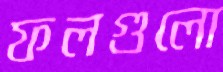
ফলগুলো